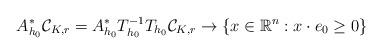
LaTeX: \begin{align*}A^*_{h_0}\mathcal{C}_{K, r}=A^*_{h_0}T_{h_0}^{-1}T_{h_0}\mathcal{C}_{K, r}\rightarrow \{x\in \mathbb{R}^n: x\cdot e_0\geq 0\}\end{align*}